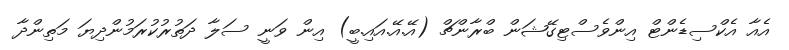
އެއާ އެކްސިޑެންޓް އިންވެސްޓިގޭޝަން ބްރާންޗް (އޭ.އޭ.އައި.ބީ) އިން ވަނީ ސަލާ ދަތުރުކުރަމުންދިޔަ މަތިންދާ